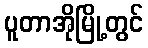
ပူတာအိုမြို့တွင်